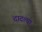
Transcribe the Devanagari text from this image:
दादल्या